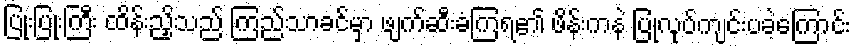
ပြုံးပြုံးကြီး ထိန်းညှိသည် ကြည်သာခင်မှာ ဖျက်ဆီးခံကြရ၏ ဖိန်းကနဲ ပြုလုပ်ကျင်းပခဲ့ကြောင်း